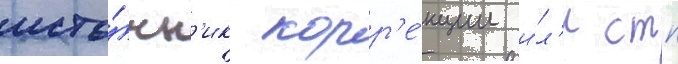
исто́чн'ик корр'е́кции и́л'и стп